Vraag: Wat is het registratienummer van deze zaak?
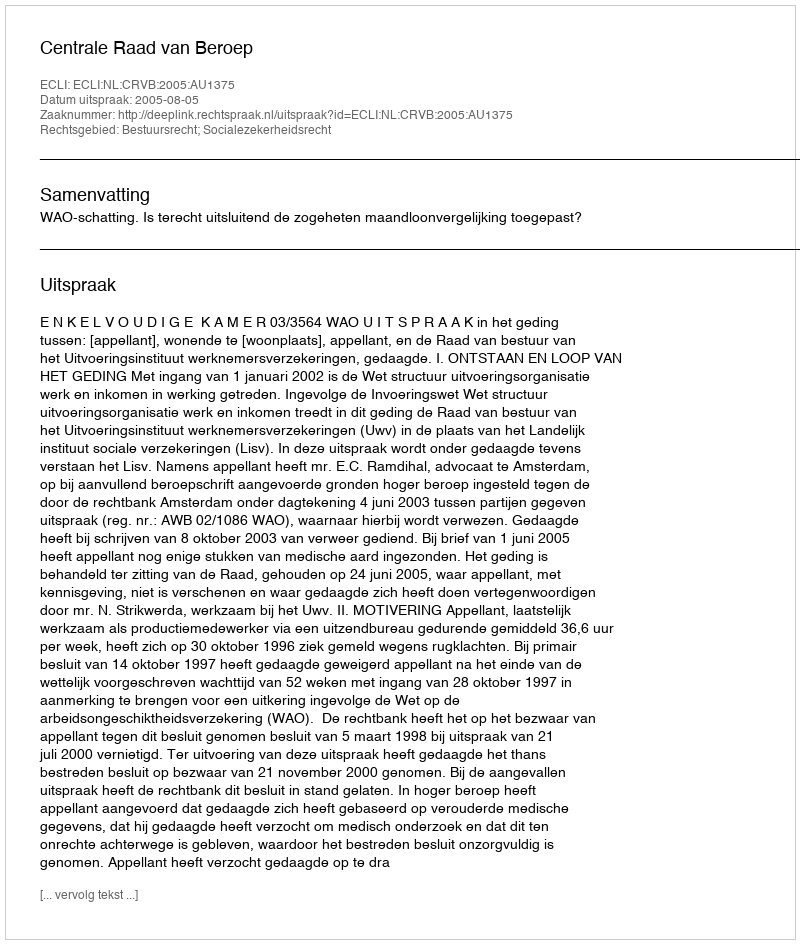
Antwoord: http://deeplink.rechtspraak.nl/uitspraak?id=ECLI:NL:CRVB:2005:AU1375